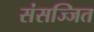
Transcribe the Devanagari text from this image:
संसज्जित